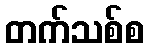
တက်သစ်စ